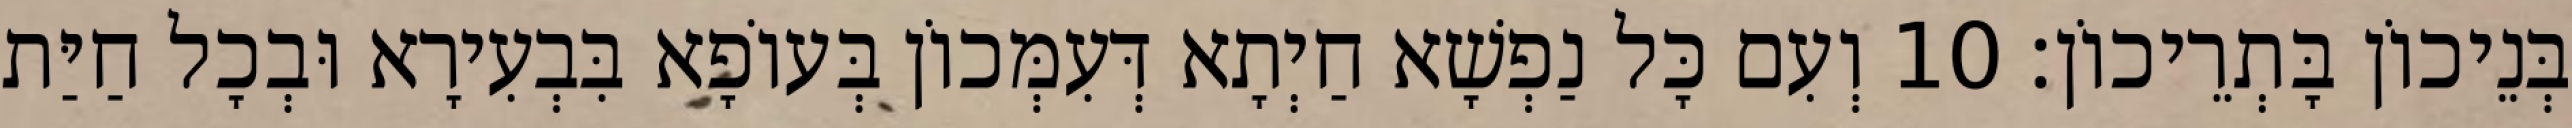
בְּנֵיכוֹן בָּתְרֵיכוֹן׃ 10 וְעִם כָּל נַפְשָׁא חַיְתָא דְּעִמְּכוֹן בְּעוֹפָא בִּבְעִירָא וּבְכָל חַיַּת